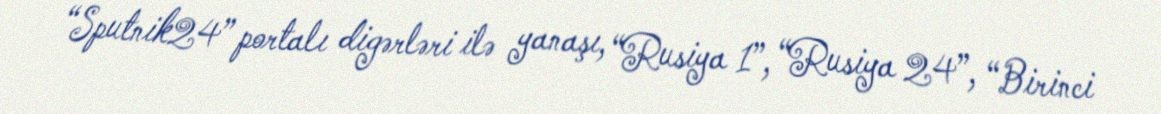
“Sputnik24” portalı digərləri ilə yanaşı, “Rusiya 1”, “Rusiya 24”, “Birinci